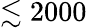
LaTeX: \lesssim 2000